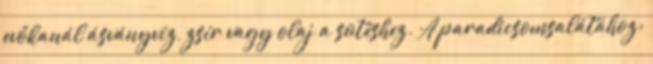
evőkanál ásványvíz, zsír vagy olaj a sütéshez. A paradicsomsalátához: